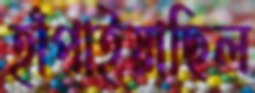
হাঁপাইয়াছিল